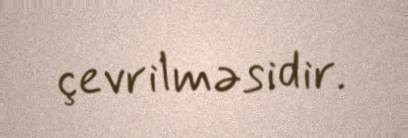
çevrilməsidir.